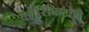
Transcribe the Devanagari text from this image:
क्लैरिफिटोरी